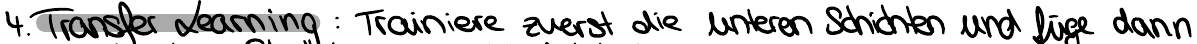
4. Transfer Learning : Trainiere zuerst die unteren Schichten und füge dann